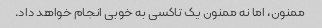
ممنون، اما نه ممنون یک تاکسی به خوبی انجام خواهد داد.